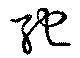
馳